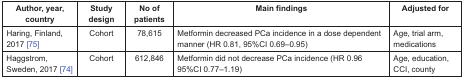
<table><thead><tr><td><b>Author, year, country</b></td><td><b>Study design</b></td><td><b>No of patients</b></td><td><b>Main findings</b></td><td><b>Adjusted for</b></td></tr></thead><tbody><tr><td>Haring, Finland, 2017 [75]</td><td>Cohort</td><td>78,615</td><td>Metformin decreased PCa incidence in a dose dependent manner (HR 0.81, 95%CI 0.69–0.95)</td><td>Age, trial arm, medications</td></tr><tr><td>Haggstrom, Sweden, 2017 [74]</td><td>Cohort</td><td>612,846</td><td>Metformin did not decrease PCa incidence (HR 0.96 95%CI 0.77–1.19)</td><td>Age, education, CCI, county</td></tr></tbody></table>